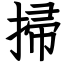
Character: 掃